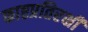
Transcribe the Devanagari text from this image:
काष्ठप्रतिरक्षी